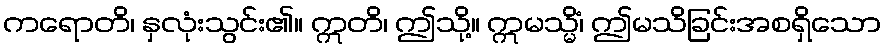
ကရောတိ၊ နှလုံးသွင်း၏။ ဣတိ၊ ဤသို့။ ဣမသ္မိံ၊ ဤမသိခြင်းအစရှိသော